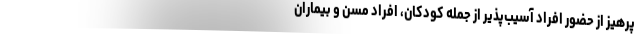
پرهیز از حضور افراد آسیب‌پذیر از جمله کودکان، افراد مسن و بیماران